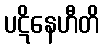
ပဋိနေဟီတိ